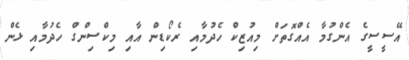
އޭސީސީގެ އެންގުމާ އެއްގޮތަށް މިއުޒިކް ހެދުމާއި ރެކޯޑިން އާއި މިކްސިންގް ހެދުމާއި ޅެން